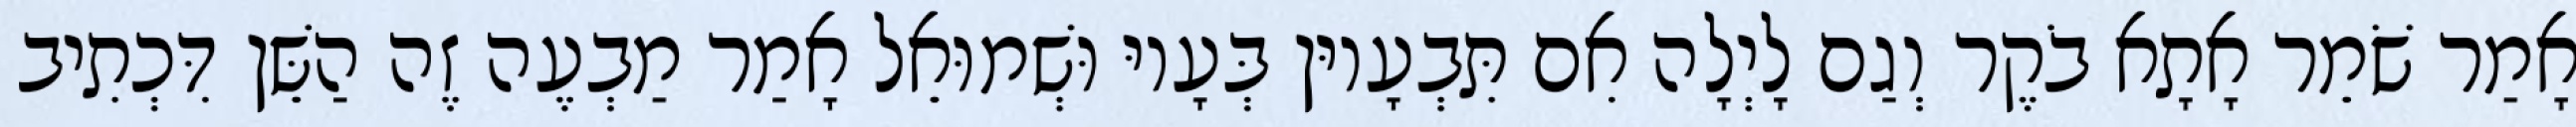
אָמַר שֹׁמֵר אָתָא בֹקֶר וְגַם לָיְלָה אִם תִּבְעָיוּן בְּעָיוּ וּשְׁמוּאֵל אָמַר מַבְעֶה זֶה הַשֵּׁן דִּכְתִיב